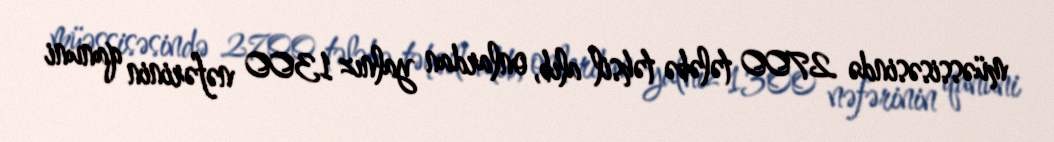
müəssisəsində 2700 tələbə təhsil alıb, onlardan yalnız 1300 nəfərinin qanuni